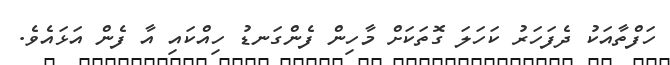
ހަފްތާއަކު ދެފަހަރު ކަހަލަ ގޮތަކަށް މާހިން ފެންގަނޑު ހިއްކައި އާ ފެން އަޅައެވެ.